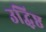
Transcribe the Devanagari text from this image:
उद्धिष्ठ